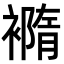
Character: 𧝍